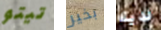
تيتو بخير لديك